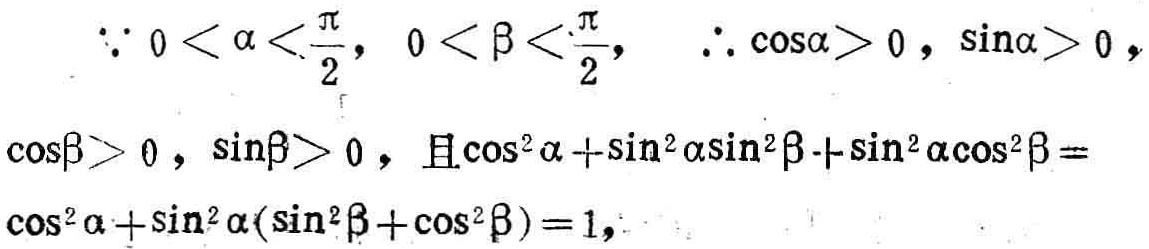
\(\because 0 < \alpha < \frac{\pi}{2}, 0 < \beta < \frac{\pi}{2}, \therefore \cos\alpha > 0, \sin\alpha > 0, \)

\(\cos\beta > 0, \sin\beta > 0, 且\cos^{2}\alpha + \sin^{2}\alpha\sin^{2}\beta + \sin^{2}\alpha\cos^{2}\beta =\)

\(\cos^{2}\alpha + \sin^{2}\alpha(\sin^{2}\beta + \cos^{2}\beta)=1,\)